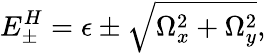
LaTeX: E_{\pm}^{H}=\epsilon\pm\sqrt{\Omega_{x}^{2}+\Omega_{y}^{2}}\textrm{,}